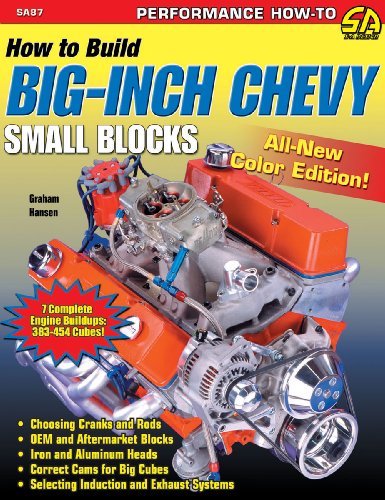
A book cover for How to Build Big-Inch Chevy Small-Blocks (S-A Design); Graham Hansen; Engineering & Transportation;